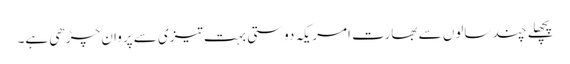
پچھلے چند سالوں سے بھارت امریکہ دوستی بہت تیزی سے پروان چڑھی ہے۔